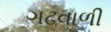
ગઢવાળી